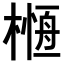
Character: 𣘰